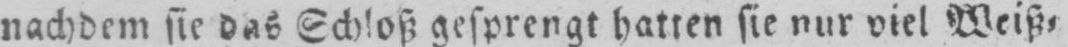
nachdem sie das Schloß gesprengt hatten sie nur viel Weiß⸗